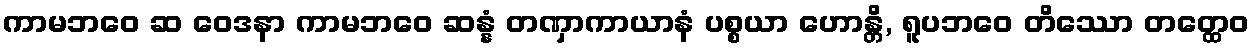
ကာမဘဝေ ဆ ဝေဒနာ ကာမဘဝေ ဆန္နံ တဏှာကာယာနံ ပစ္စယာ ဟောန္တိ, ရူပဘဝေ တိဿော တတ္ထေဝ